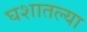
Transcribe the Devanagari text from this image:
घशातल्या